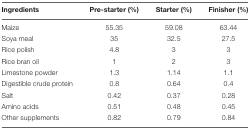
<table><thead><tr><td><b>Ingredients</b></td><td><b>Pre-starter (%)</b></td><td><b>Starter (%)</b></td><td><b>Finisher (%)</b></td></tr></thead><tbody><tr><td>Maize</td><td>55.35</td><td>59.08</td><td>63.44</td></tr><tr><td>Soya meal</td><td>35</td><td>32.5</td><td>27.5</td></tr><tr><td>Rice polish</td><td>4.8</td><td>3</td><td>3</td></tr><tr><td>Rice bran oil</td><td>1</td><td>2</td><td>3</td></tr><tr><td>Limestone powder</td><td>1.3</td><td>1.14</td><td>1.1</td></tr><tr><td>Digestible crude protein</td><td>0.8</td><td>0.64</td><td>0.4</td></tr><tr><td>Salt</td><td>0.42</td><td>0.37</td><td>0.28</td></tr><tr><td>Amino acids</td><td>0.51</td><td>0.48</td><td>0.45</td></tr><tr><td>Other supplements</td><td>0.82</td><td>0.79</td><td>0.84</td></tr></tbody></table>